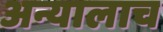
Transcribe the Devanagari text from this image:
अन्यालाच